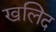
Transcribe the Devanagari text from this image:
खलिद